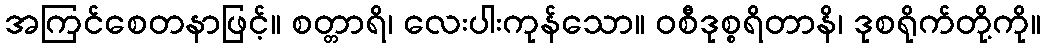
အကြင်စေတနာဖြင့်။ စတ္တာရိ၊ လေးပါးကုန်သော။ ဝစီဒုစ္စရိတာနိ၊ ဒုစရိုက်တို့ကို။